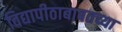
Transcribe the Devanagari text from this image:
विद्यापीठाबाबतच्या